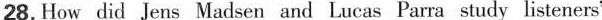
28.How did Jens Madsen and Lucas Parra study listeners'